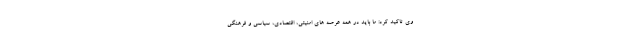
وی تاکید کرد: ما باید در همه عرصه های امنیتی، اقتصادی، سیاسی و فرهنگی